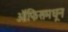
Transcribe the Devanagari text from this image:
ऑफिसमधून